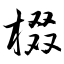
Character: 棳